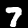
Digit: 7